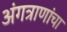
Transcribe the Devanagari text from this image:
अंगत्राणांचा